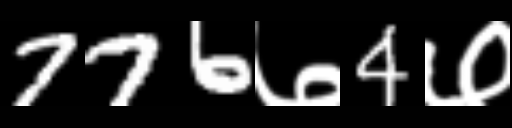
Text: 776७4७